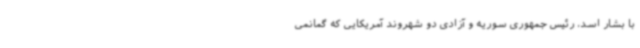
با بشار اسد، رئیس جمهوری سوریه و آزادی دو شهروند آمریکایی که گمانمی